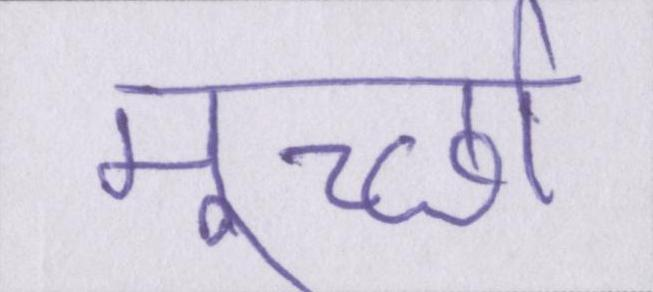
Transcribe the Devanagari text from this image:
मूर्च्छा